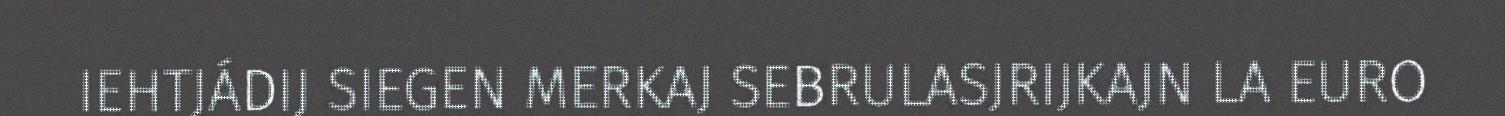
IEHTJÁDIJ SIEGEN MERKAJ SEBRULASJRIJKAJN LA EURO